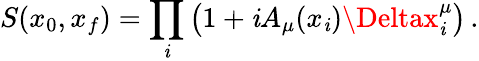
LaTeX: S(x_{0},x_{f})=\prod_{\mathit{i}}\left(1+\mathit{i}A_{\mu}(x_{\mathit{i}})\Deltax_{\mathit{i}}^{\mu}\right)\, .